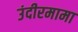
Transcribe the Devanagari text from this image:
उंदीरमामा